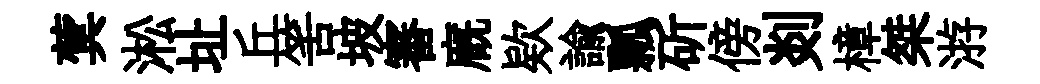
蓂淞址丘筈坡審廐欵諭瓢斫傍剡樟桀㳺